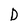
Character: D